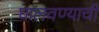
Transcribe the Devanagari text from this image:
घालवण्याची